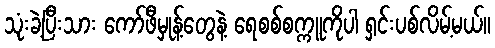
သုံးခဲ့ပြီးသား ကော်ဖီမှုန့်တွေနဲ့ ရေစစ်စက္ကူကိုပါ ရှင်းပစ်လိမ့်မယ်။